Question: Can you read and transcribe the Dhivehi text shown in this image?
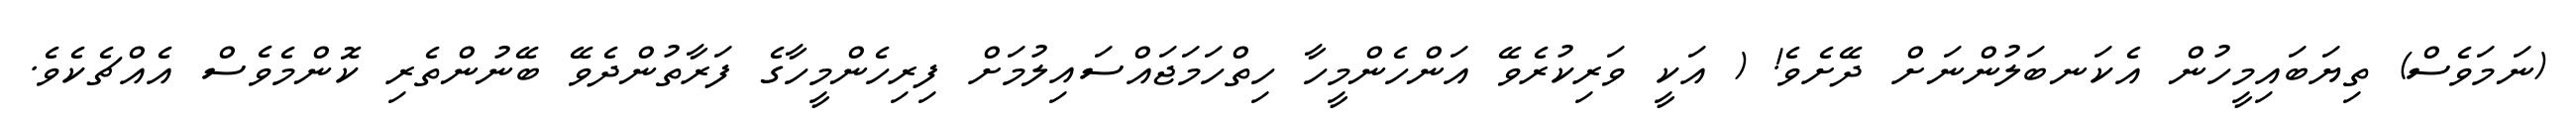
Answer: (ނަމަވެސް) ތިޔަބައިމީހުން އެކަނބަލުންނަށް ދޭށެވެ! ( އަކީ ވަރިކުރެވޭ އަންހެންމީހާ ހިތްހަމަޖައްސައިލުމަށް ފިރިހެންމީހާގެ ފަރާތުންދެވޭ ބޭނުންތެރި ކޮންމެވެސް އެއްޗެކެވެ.